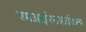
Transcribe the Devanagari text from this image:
एमआईएनआईएक्स